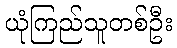
ယုံကြည်သူတစ်ဦး